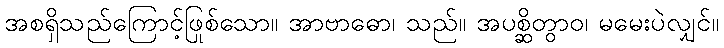
အစရှိသည်ကြောင့်ဖြစ်သော။ အာဗာဓော၊ သည်။ အပုစ္ဆိတွာဝ၊ မမေးပဲလျှင်။